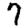
Digit: 7